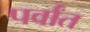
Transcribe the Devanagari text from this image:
पर्वांत